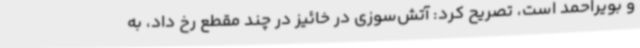
و بویراحمد است، تصریح کرد: آتش‌سوزی در خائیز در چند مقطع رخ داد، به